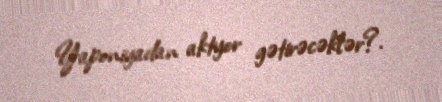
Yaponiyadan aktyor gətirəcəklər?.